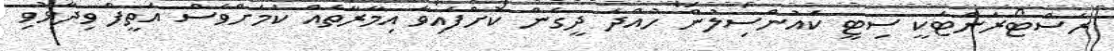
ރެސްޓޯރަންޓަކީ ސިޓީ ކައުންސިލުން ހުއްދަ ދީގެން ކޮށްފައިވާ އިމާރާތެއް ކަމަށްވެސް އަތީފް ވިދާޅުވި